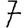
Digit: 7